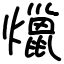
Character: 爉